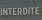
interdite